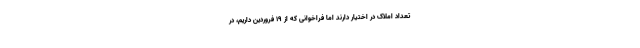
تعداد املاک در اختیار دارند اما فراخوانی که از ۱۹ فروردین داریم، در